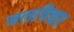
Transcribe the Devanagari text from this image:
जलविद्यत